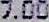
7.00